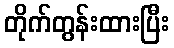
တိုက်တွန်းထားပြီး